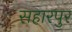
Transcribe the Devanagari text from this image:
सहारपुर